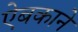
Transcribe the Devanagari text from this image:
ऐबकाने